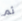
ثم